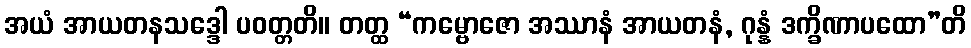
အယံ အာယတနသဒ္ဒေါ ပဝတ္တတိ။ တတ္ထ “ကမ္ဗောဇော အဿာနံ အာယတနံ, ဂုန္နံ ဒက္ခိဏာပထော”တိ